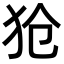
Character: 𪺷